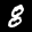
Label: 8